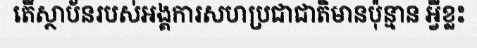
តើស្ថាប័នរបស់អង្គការសហប្រជាជាតិមានប៉ុន្មាន អ្វីខ្លះ